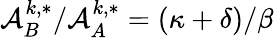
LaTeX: {\mathcal{A}_{B}^{k,*}}/{\mathcal{A}_{A}^{k,*}}=({\kappa+\delta})/{\beta}